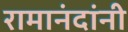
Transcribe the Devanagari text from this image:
रामानंदांनी